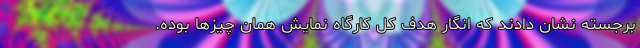
برجسته نشان دادند که انگار هدف کل کارگاه نمایش همان‌ چیزها بوده.